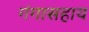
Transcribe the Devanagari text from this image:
गंगासहाय